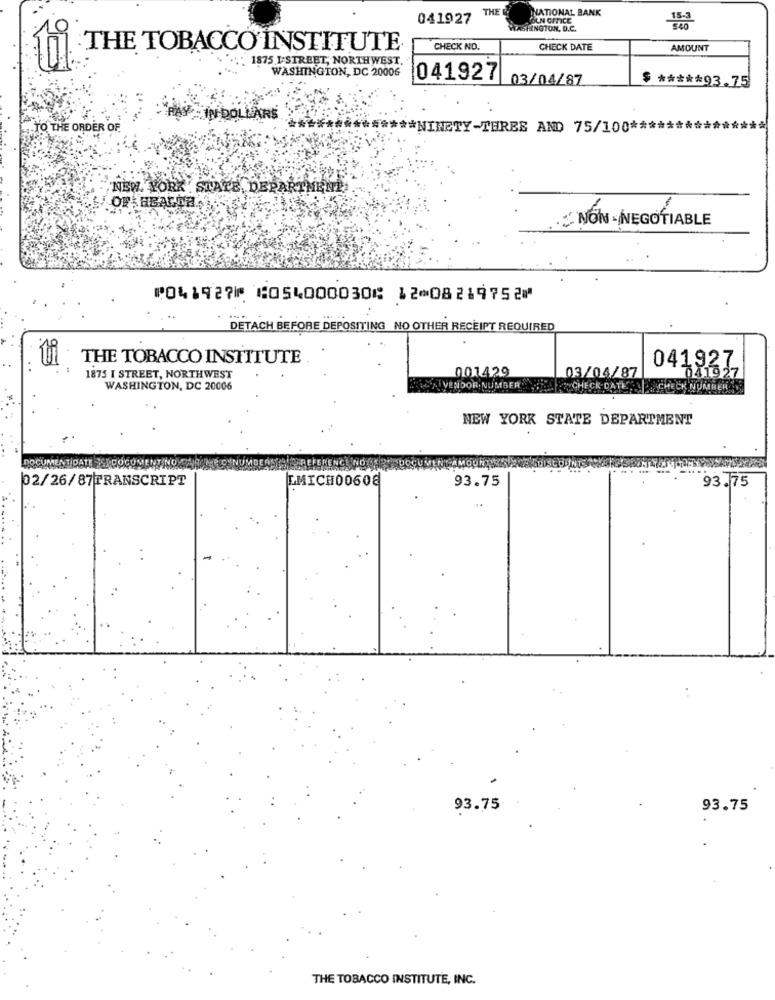
THE
NATIONAL BANK
041927
OLN OFFICE
SHINGTON, D.C.
THE TOBACCO INSTITUTE
CHECK NO.
CHECK DATE
AMOUNT
..: 1875 I-STREET, NORTHWEST.
WASHINGTON, DC 20006
041927
03/04/87
$ ***** 93.75
IN DOLLARS
TO THE ORDER OF.
****** NINETY-TERES AND 75/100 *************
**
'NEW YORK . STATE, DEPARTMENT
OF HEACOA
NON-NEGOTIABLE
⑈041927⑈ ⑆054000030⑆ 12⑉08219752⑈
DETACH BEFORE DEPOSITING NO OTHER RECEIPT REQUIRED
ti
THE TOBACCO INSTITUTE
041927
1875 I STREET, NORTHWEST
001429
03/04/87
041927
WASHINGTON, DC 20006
AIVENDOR NUMBER
CHECK-DATE -CHECK NUMBER
NEW YORK STATE DEPARTMENT
DOCUMENTIDATES
02/26/87TRANSCRIPT
LMICH00608
93.75
93.75
..
93.75
93.75
THE TOBACCO INSTITUTE, INC.